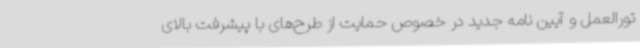
تورالعمل و آیین نامه جدید در خصوص حمایت از طرح‌های با پیشرفت بالای